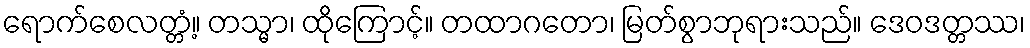
ရောက်စေလတ္တံ့။ တသ္မာ၊ ထိုကြောင့်။ တထာဂတော၊ မြတ်စွာဘုရားသည်။ ဒေဝဒတ္တဿ၊